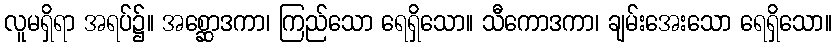
လူမရှိရာ အရပ်၌။ အစ္ဆောဒကာ၊ ကြည်သော ရေရှိသော။ သီကောဒကာ၊ ချမ်းအေးသော ရေရှိသော။